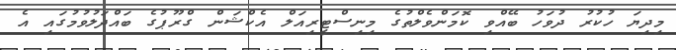
މިދިޔަ ހުކުރު ދުވަހު ބޭއްވި ކޮމަންވެލްތުގެ މިނިސްޓީރިއަލް އެކްޝަން ގްރޫޕުގެ ބައްދަލުވުމުގައި އެ